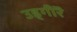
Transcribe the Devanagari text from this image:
उड्गीरॆ